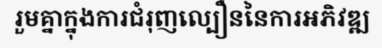
រួមគ្នាក្នុងការជំរុញល្បឿននៃការអភិវឌ្ឍ